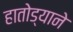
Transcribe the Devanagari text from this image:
हातोड्याने